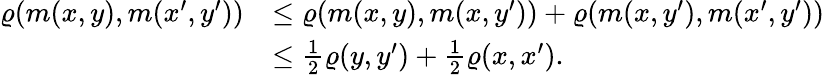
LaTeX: \begin{array}{rl}{\varrho(m(x,y),m(x^{\prime},y^{\prime}))}&{\leq\varrho(m(x,y),m(x,y^{\prime}))+\varrho(m(x,y^{\prime}),m(x^{\prime},y^{\prime}))}\\ &{\leq\frac{1}{2}\varrho(y,y^{\prime})+\frac{1}{2}\varrho(x,x^{\prime}).}\end{array}